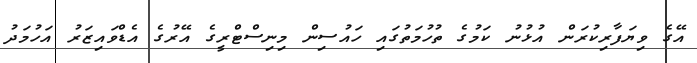
އޭގެ ވިޔަފާރިކުރަން އުޅުނު ކަމުގެ ތުހުމަތުގައި ހައުސިން މިނިސްޓްރީގެ އޭރުގެ އެޑްވައިޒަރު އަހުމަދު